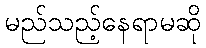
မည်သည့်နေရာမဆို